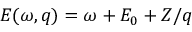
E ( \omega , q ) = \omega + E _ { 0 } + Z / q